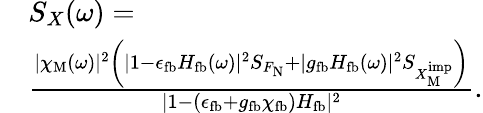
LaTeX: \begin{array}{rl}&{S_{X}(\omega)=}\\ &{\frac{|\chi_{\mathrm{M}}(\omega)|^{2}\left(|1-\epsilon_{\mathrm{fb}}H_{\mathrm{fb}}(\omega)|^{2}S_{F_{\mathrm{N}}}+|g_{\mathrm{fb}}H_{\mathrm{fb}}(\omega)|^{2}S_{X_{\mathrm{M}}^{\mathrm{imp}}}\right)}{|1-(\epsilon_{\mathrm{fb}}+g_{\mathrm{fb}}\chi_{\mathrm{fb}})H_{\mathrm{fb}}|^{2}}.}\end{array}